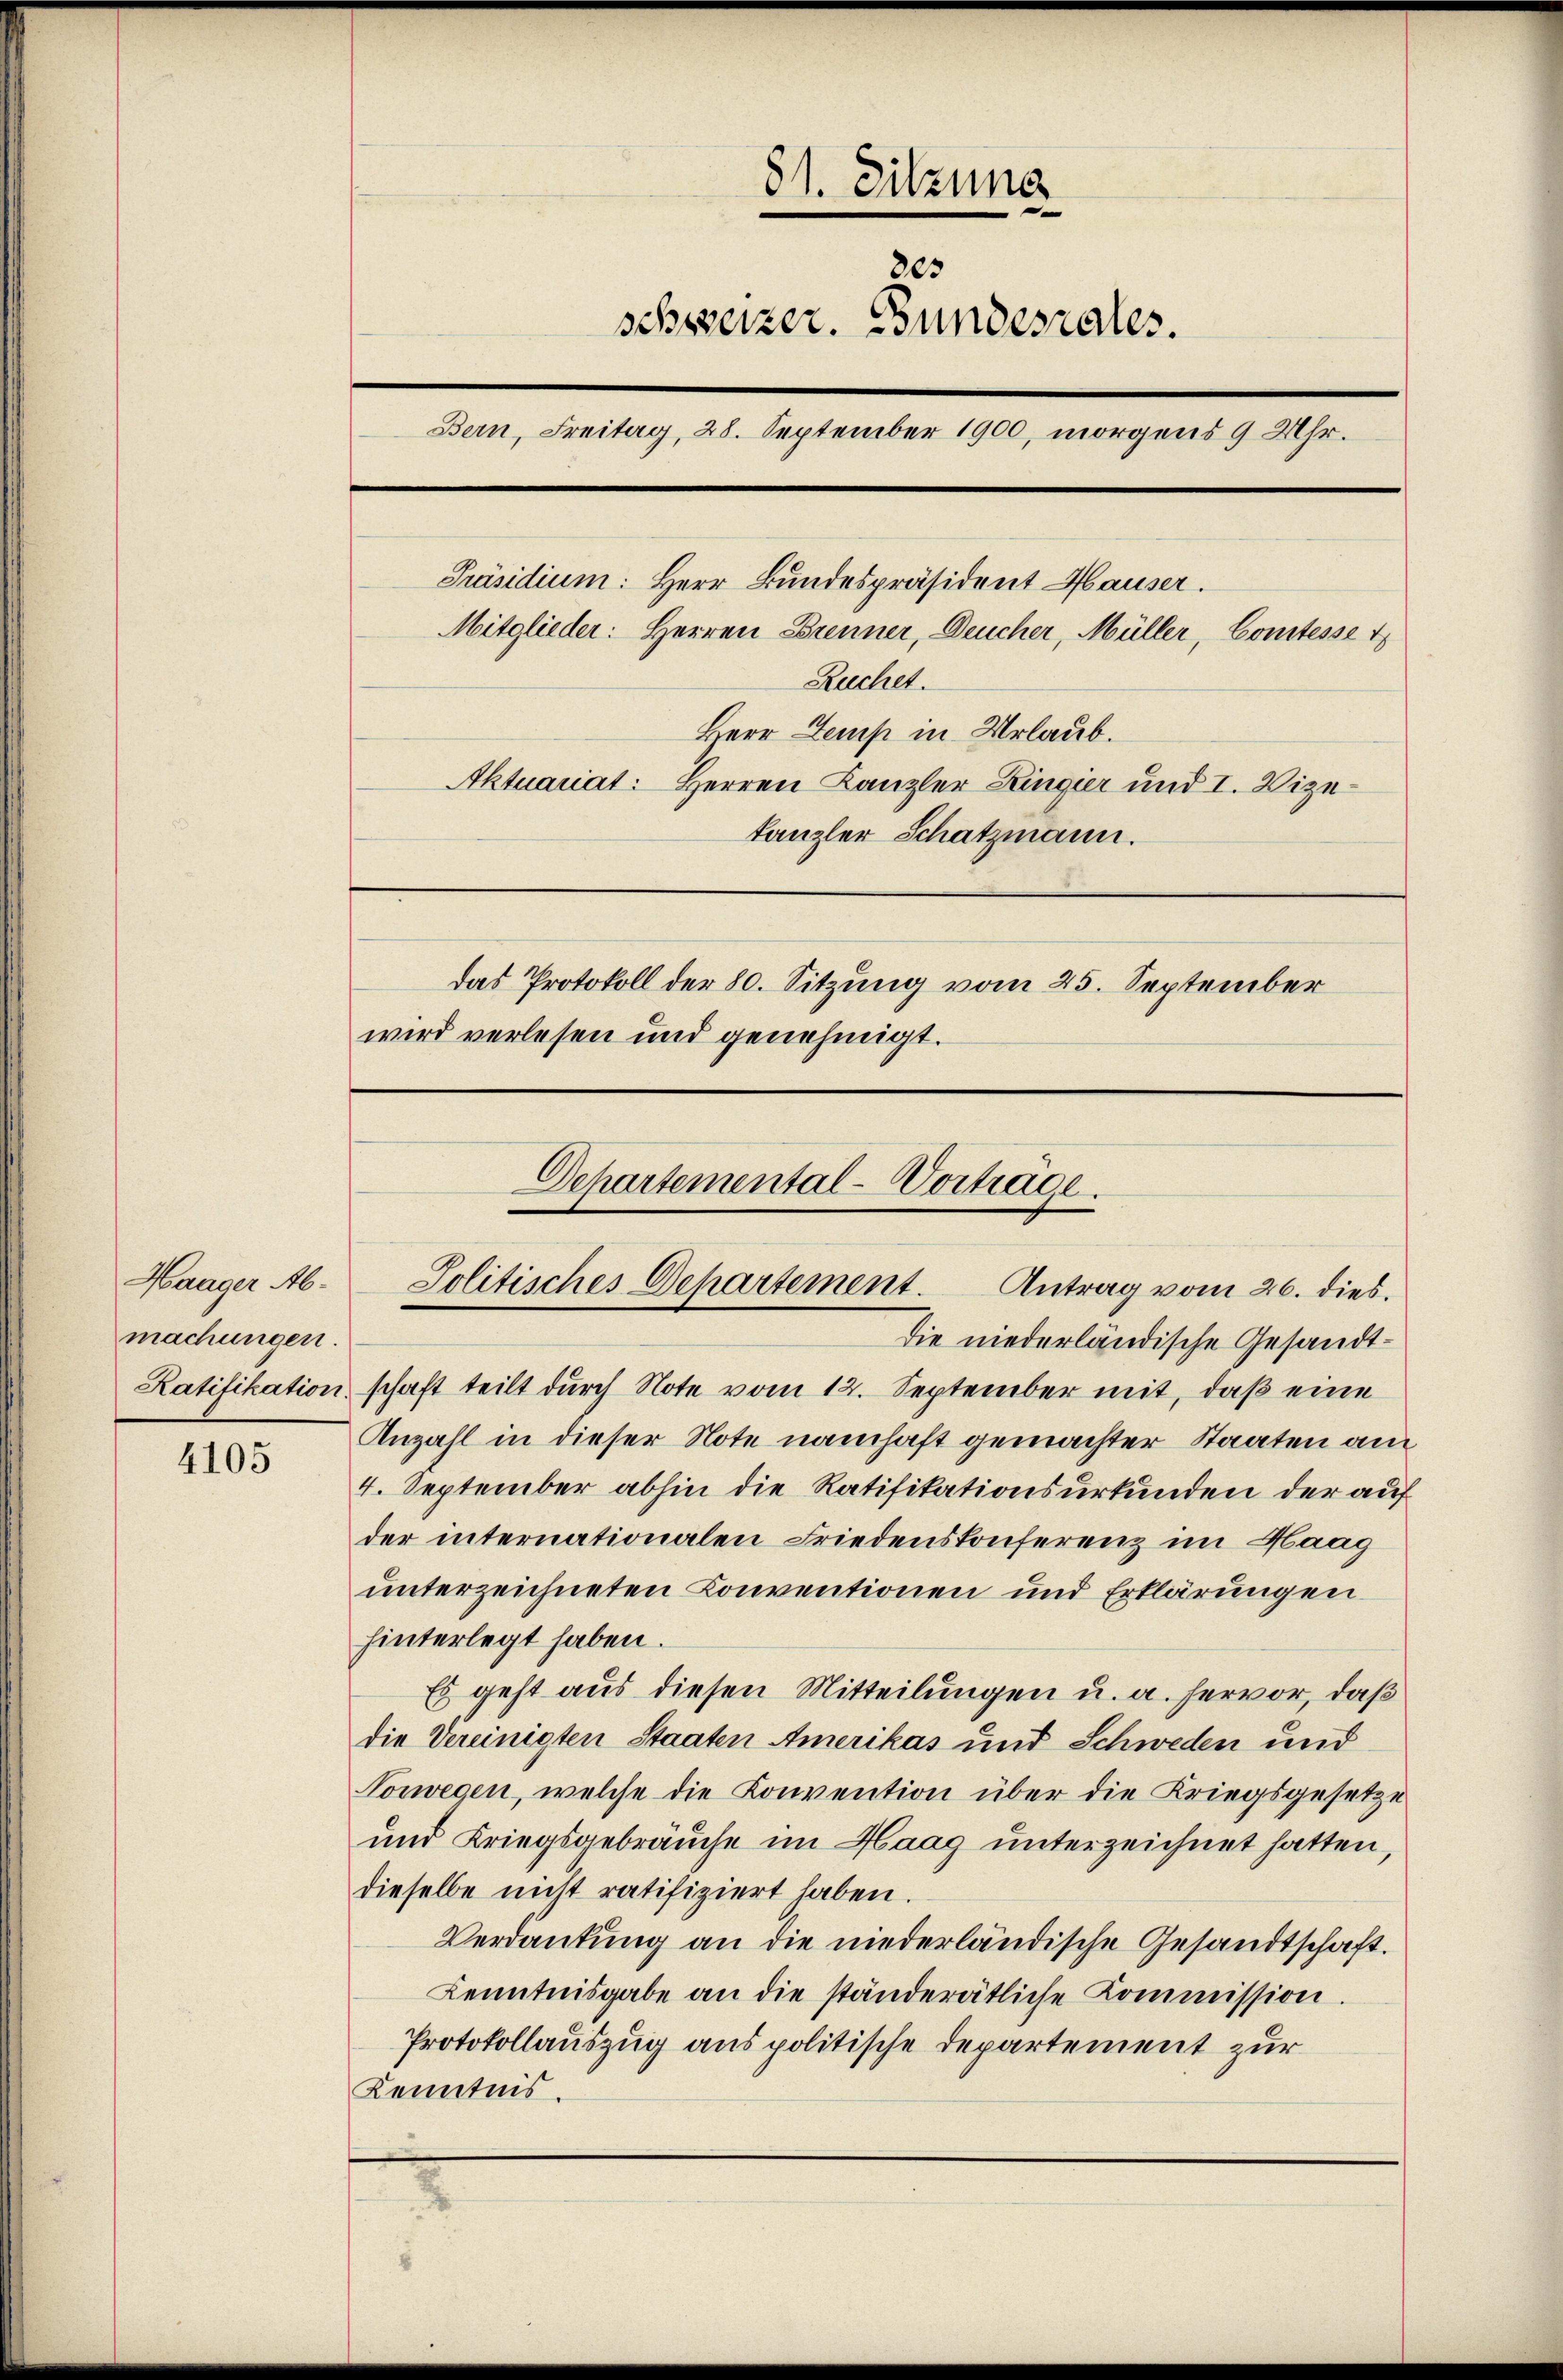
Haager Abmachungen.
Ratifikation.

4105

81. Sitzung
205
schweizer. Bundesrates.
Bern, Freitag, 28. September 1900, morgens 9 Uhr.
Präsidium: Herr Bundespräsident Hauser.
Mitglieder: Herren Brenner, Deucher, Müller, Comtesse t
Ruchet.
Herr Semp in Urlaub.
Aktuariat: Herren Kanzler Zingier und I. Vizetanzler Schatzmann.
das Protokoll der 80. Sitzung vom 25. September
wird verlesen und genehmigt.

Departemental-Vorträge.
Jolitisches Departement. Antrag vom 26. dies
Die niederländische Gesandt¬

schaft teilt durch Note vom 12. September mit, daß eine
Anzahl in dieser Note namhaft gemachter Staaten am
4. September abhin die Ratifikationsurkunden der auf
der internationalen Friedenskonferenz im Haag
unterzeichneten Conventionen und Erklärungen
hinterlegt haben.
Es geht aus diesen Mitteilungen u. a. hervor, daß
die Vereinigten Staaten Amerikas und Schweden und
Vorwegen, welche die Konvention über die Kriegsgesetze
und Kriegsgebräuche im Haag unterzeichnet hatten,
dieselbe nicht ratifiziert haben.
Verdankung an die niederländische Gesandtschaft.
Kenntnisgabe an die ständerätliche Kommission.
Protokollauszug aus politische Departement zur
Kenntnis.